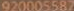
920005587